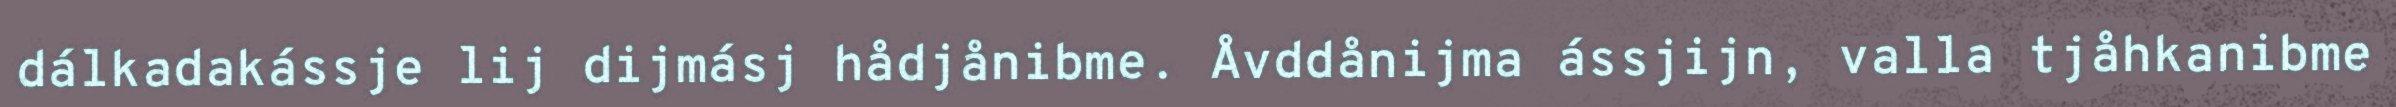
dálkadakássje lij dijmásj hådjånibme. Åvddånijma ássjijn, valla tjåhkanibme